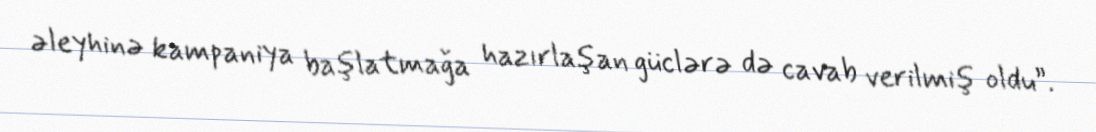
əleyhinə kampaniya başlatmağa hazırlaşan güclərə də cavab verilmiş oldu”.